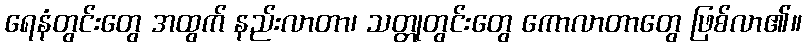
ရေနံတွင်းတွေ အထွက် နည်းလာတာ၊ သတ္တုတွင်းတွေ ကောလာတာတွေ ဖြစ်လာ၏။